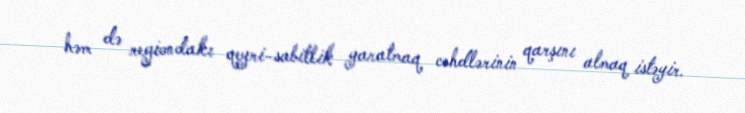
həm də regiondakı qeyri-sabitlik yaratmaq cəhdlərinin qarşını almaq istəyir.